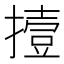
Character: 撎